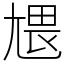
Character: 㞇